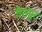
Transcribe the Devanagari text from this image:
वैशपुर